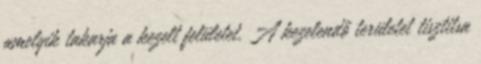
amelyik takarja a kezelt felületet. A kezelendő területet tisztitsa